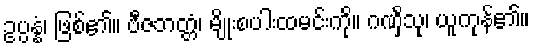
ဥပ္ပန္နံ၊ ဖြစ်၏။ ဗီဇဘတ္တံ၊ မျိုးစပါးထမင်းကို။ ဂဏှိံသု၊ ယူကုန်၏။